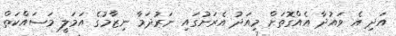
އަދި އެ ވައުދާ އެއްގޮތަށް މިއަދު އެރަށުގައި ނަރުދަމާ ނިޒާމުގެ އަމަލީ މަސައްކަތް